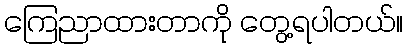
ကြေညာထားတာကို တွေ့ရပါတယ်။